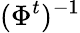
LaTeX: (\Phi^{t})^{-1}